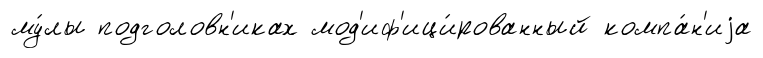
му́лы подголовн'иках мод'иф'ици́рованный компа́н'иjа